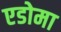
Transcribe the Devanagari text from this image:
एडोमा